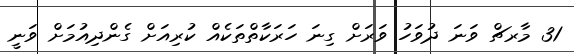
31 މާރޗް ވަނަ ދުވަހު ވަރަށް ގިނަ ހަރަކާތްތަކެއް ކުރިއަށް ގެންދިއުމަށް ވަނީ